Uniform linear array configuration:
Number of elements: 32
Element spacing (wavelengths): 0.25
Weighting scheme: hamming
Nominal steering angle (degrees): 0
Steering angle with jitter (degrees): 1.587
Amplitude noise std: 0.05
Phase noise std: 0.05

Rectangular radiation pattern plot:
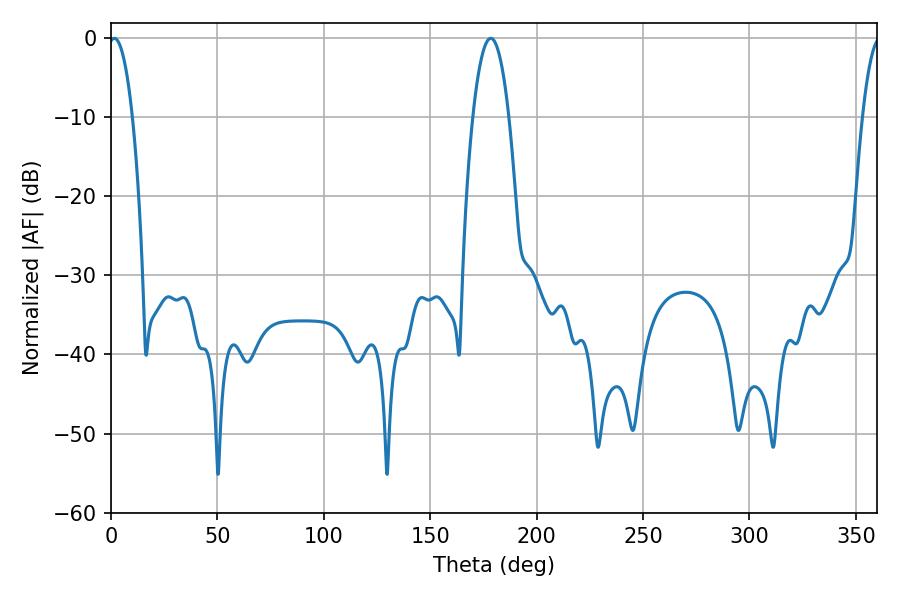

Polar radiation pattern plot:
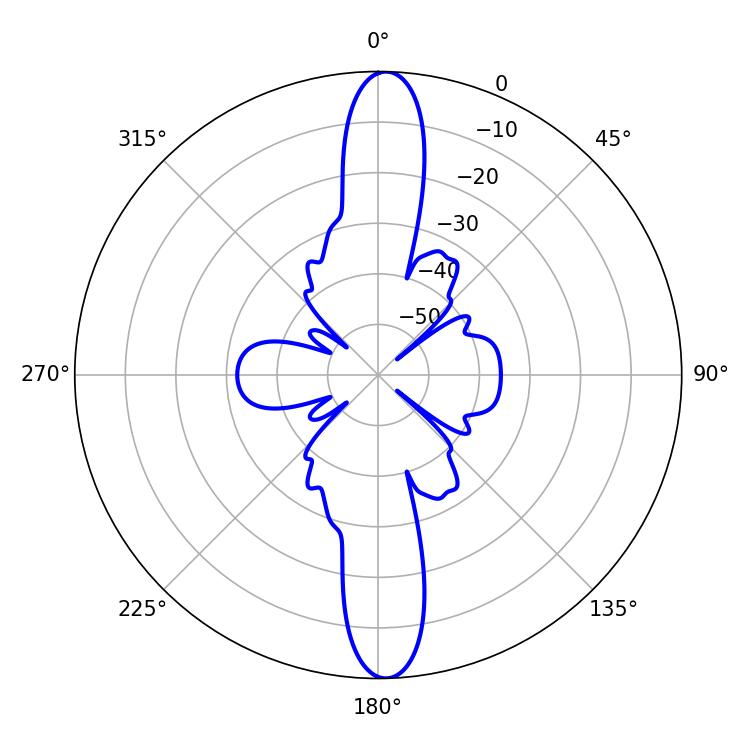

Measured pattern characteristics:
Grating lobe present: FALSE
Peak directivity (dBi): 23.324
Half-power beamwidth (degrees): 6.3
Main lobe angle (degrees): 1.62